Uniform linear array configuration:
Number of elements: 64
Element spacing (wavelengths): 1
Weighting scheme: exponential
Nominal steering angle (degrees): -60
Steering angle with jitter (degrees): -58.56
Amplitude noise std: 0.05
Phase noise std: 0.05

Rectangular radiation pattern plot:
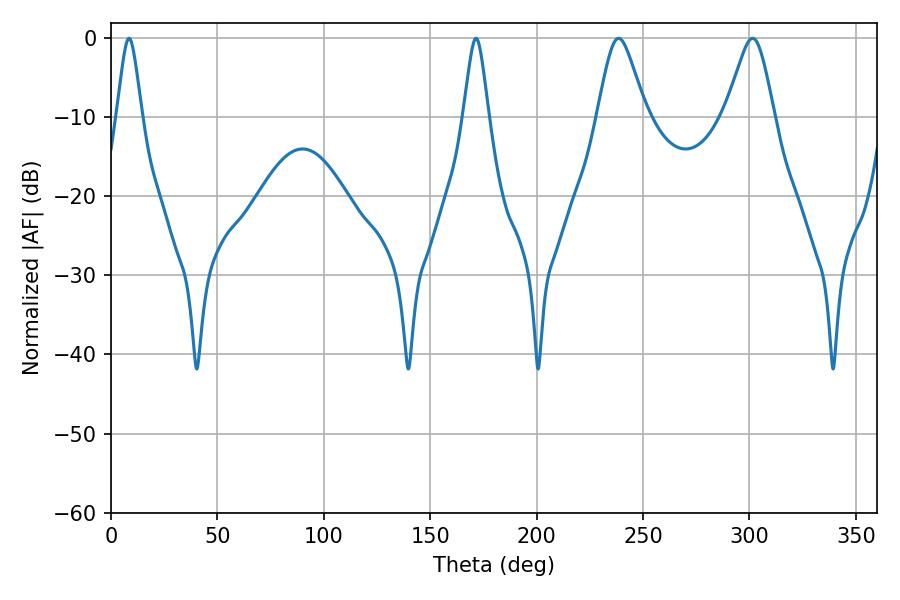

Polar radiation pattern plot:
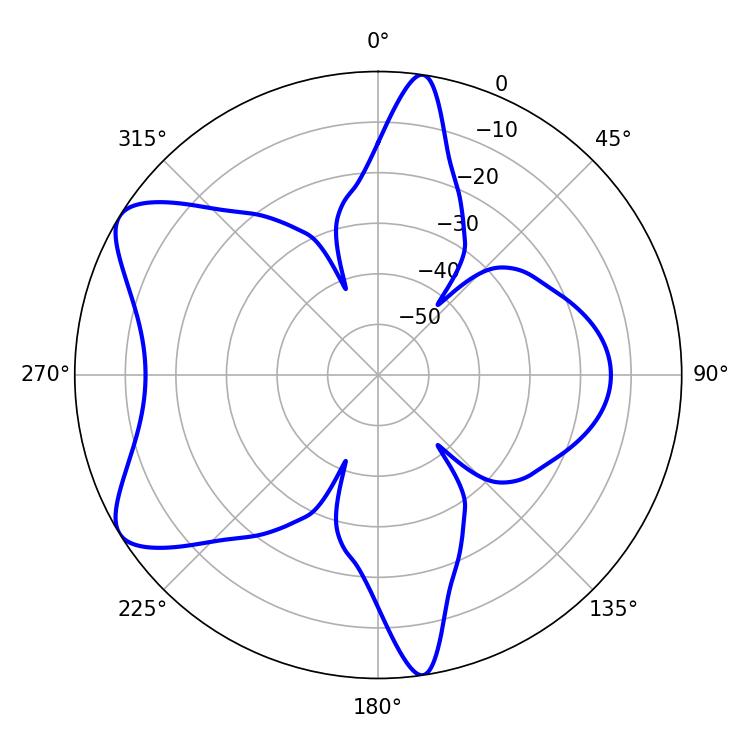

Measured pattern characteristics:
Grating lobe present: TRUE
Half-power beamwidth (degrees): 10.98
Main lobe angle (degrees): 238.5